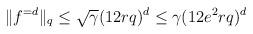
LaTeX: \begin{align*} \|f^{=d}\|_q \le \sqrt{\gamma}(12rq)^d\le \gamma (12 e^2 r q)^{d} \end{align*}